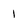
Character: 1